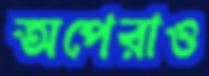
অপেরাও